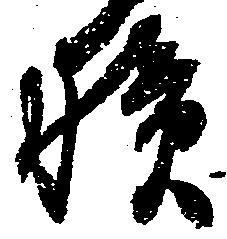
積